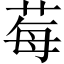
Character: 莓